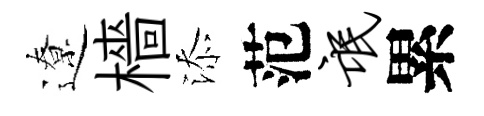
遼檣添范氓累